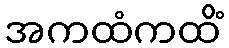
အကထံကထိံ